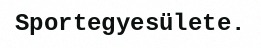
Sportegyesülete.